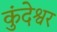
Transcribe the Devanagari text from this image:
कुंदेश्वर